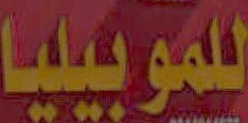
للموبيليا